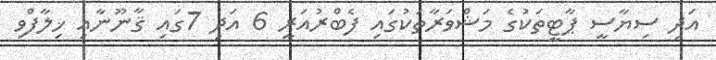
އަދި ސިޔާސީ ޕާޓީތަކުގެ މަޝްވަރާތަކުގައި ފެބްރުއަރީ 6 އަދި 7ގައި ޤާނޫނާއި ޚިލާފްވި